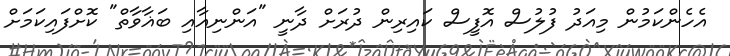
އެހެންކަމުން މިއަދު ފުލުސް އޮފީސް ކައިރިން ދުރަށް ދާނީ "އަންނިއާއި ބަޣާވާތް" ކޮށްފައިކަމަށް